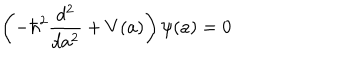
\left( - \hbar ^ { 2 } \frac { d ^ { 2 } } { d a ^ { 2 } } + V ( a ) \right) \psi ( a ) = 0